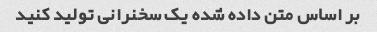
بر اساس متن داده شده یک سخنرانی تولید کنید